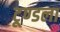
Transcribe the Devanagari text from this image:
टूण्‍डला